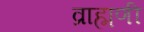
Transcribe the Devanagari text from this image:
व्राह्मणी